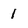
Character: 1